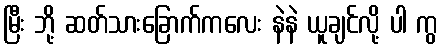
မြီး ဘို့ ဆတ်သားခြောက်ကလေး နဲနဲ ယူချင်လို့ ပါ ကွ